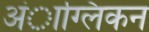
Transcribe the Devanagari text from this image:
अंाग्लिकन